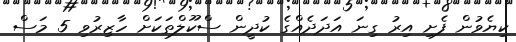
ކިޔެވުން ފެށި އިރު ގިނަ އަދަދެއްގެ ކުދީން ސްކޫލްތަކަށް ހާޒިރުވި 5 މަސް